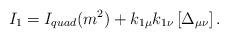
LaTeX: \begin{align*}I_{1}=I_{quad}(m^{2})+k_{1\mu }k_{1\nu }\left[ \Delta _{\mu \nu }\right] .\end{align*}